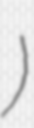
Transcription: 龙泉镇)